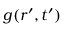
g ( \boldsymbol { r } ^ { \prime } , t ^ { \prime } )